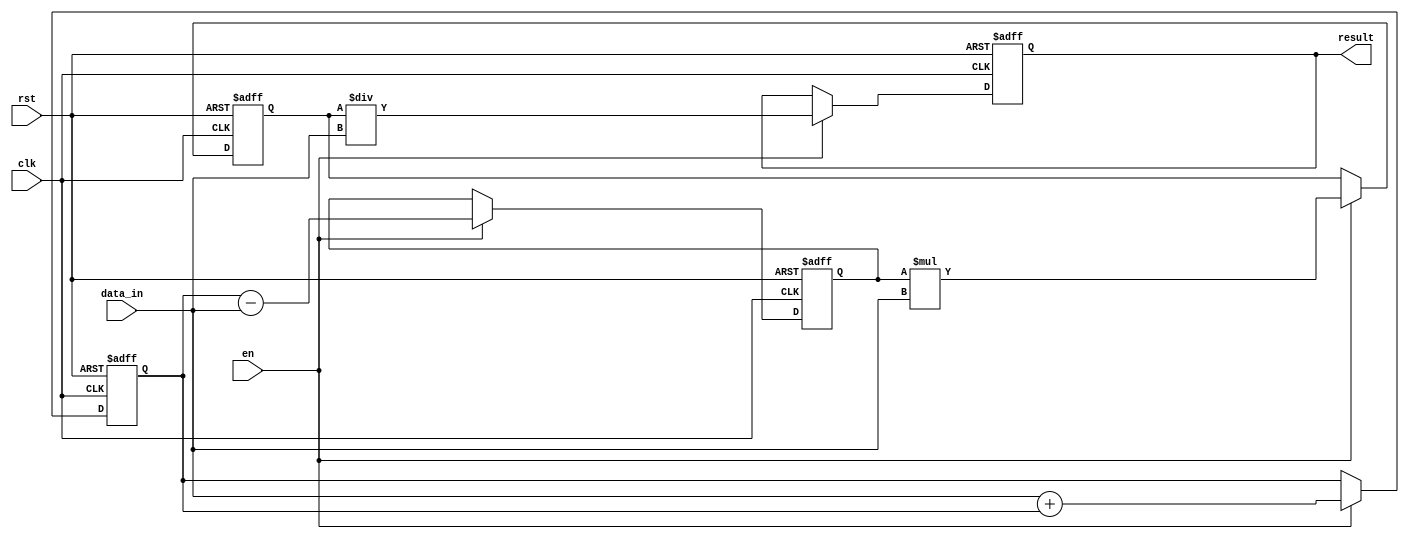
module Pipeline_Accumulator (
    input wire clk,
    input wire rst,
    input wire en,
    input wire [31:0] data_in,
    output wire [31:0] result
);

reg [31:0] stage1_out;
reg [31:0] stage2_out;
reg [31:0] stage3_out;
reg [31:0] stage4_out;

always @(posedge clk or posedge rst) begin
    if (rst) begin
        stage1_out <= 0;
        stage2_out <= 0;
        stage3_out <= 0;
        stage4_out <= 0;
    end else if (en) begin
        // Stage 1: Addition
        stage1_out <= data_in + stage1_out;
        
        // Stage 2: Subtraction
        stage2_out <= stage1_out - data_in;
        
        // Stage 3: Multiplication
        stage3_out <= stage2_out * data_in;
        
        // Stage 4: Division
        stage4_out <= stage3_out / data_in;
    end
end

assign result = stage4_out;

endmodule